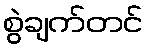
စွဲချက်တင်